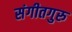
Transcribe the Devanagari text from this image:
संगीतगुरु